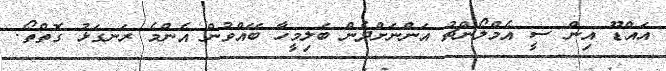
އައްޑޫ އިން ސީ އެމްލޯންޗު އަންނަށްދެން ބަލިމީހާ ބޭއްވުން އެންމެ ރަނގަޅު ގޮތްތޯ.